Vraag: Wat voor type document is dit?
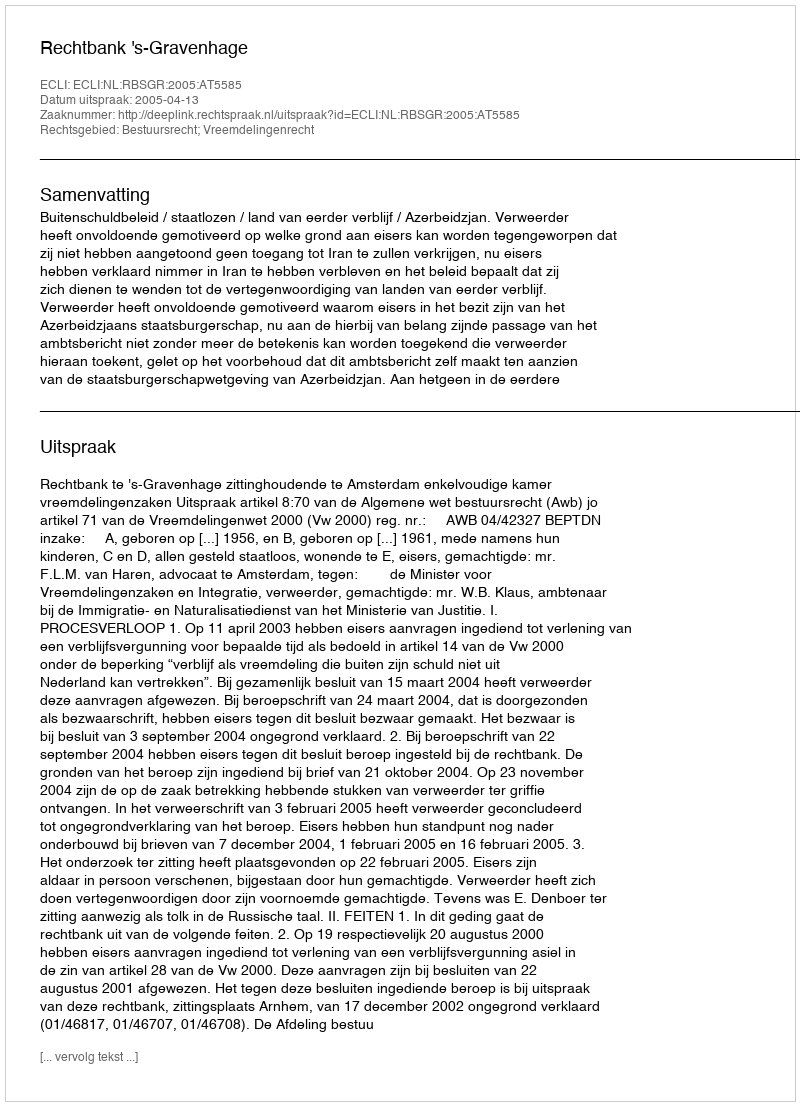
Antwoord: Uitspraak